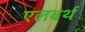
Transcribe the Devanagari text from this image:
एलबर्थ